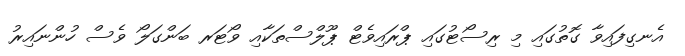
އެނގިފައިވާ ގޮތުގައި މި ރިސޯޓުގައި ޕްރައިވެޓް ޕޫލްސްތަކާއި ވޯޓަރ ބަންގަލޯ ވެސް ހުންނައިރު